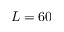
L = 6 0